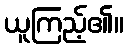
ယူကြည့်၏။